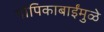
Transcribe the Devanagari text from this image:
गोपिकाबाईंमुळे